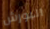
البورش